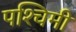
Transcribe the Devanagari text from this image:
पश्‍चिमी